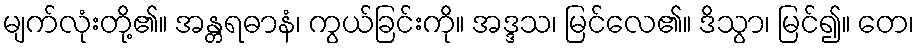
မျက်လုံးတို့၏။ အန္တရဓာနံ၊ ကွယ်ခြင်းကို။ အဒ္ဒသ၊ မြင်လေ၏။ ဒိသွာ၊ မြင်၍။ တေ၊